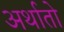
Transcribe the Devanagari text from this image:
अर्थातो